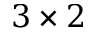
3 \times 2